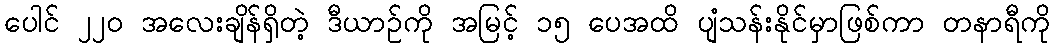
ပေါင် ၂၂၀ အလေးချိန်ရှိတဲ့ ဒီယာဉ်ကို အမြင့် ၁၅ ပေအထိ ပျံသန်းနိုင်မှာဖြစ်ကာ တနာရီကို